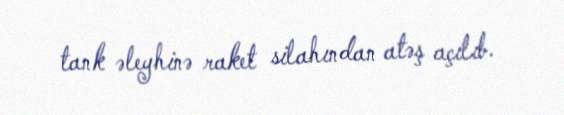
tank əleyhinə raket silahından atəş açılıb.